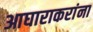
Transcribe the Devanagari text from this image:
आघाराकरांना